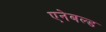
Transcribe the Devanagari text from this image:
एनेबल्ड